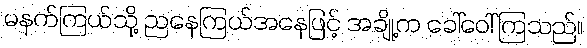
မနက်ကြယ်သို့ ညနေကြယ်အနေဖြင့် အချို့က ခေါ်ဝေါ်ကြသည်။